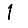
Digit: 1